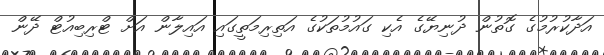
އަދާކުރުމުގެ ގޮތުން ދުނިޔޭގެ އެކި ގައުމުތަކުގެ އަތިރިމަތީގައި އައިލާން އަށް ޓްރިބިއުޓް ދޭން